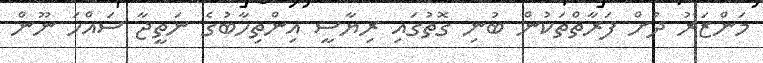
މަންޒަރު ދުށް ފަރާތްތަކުން ބުނި ގޮތުގައި ރިޔާސީ އިންތިހާބުގެ ނަތީޖާ ސައްހަ ނޫން